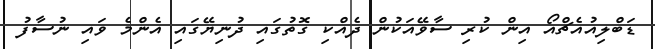
ޑަބްލިއުއެޗްއޯ އިން ކުރި ސާވޭއަކުން ދެއްކި ގޮތުގައި ދުނިޔޭގައި އެންމެ ވައި ނުސާފު